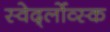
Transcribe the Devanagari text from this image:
स्वेर्द्लोव्स्क